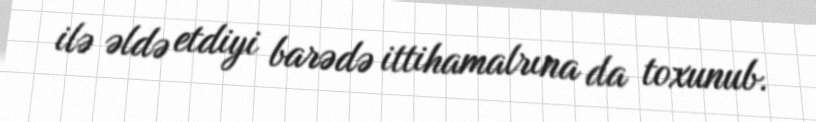
ilə əldə etdiyi barədə ittihamalrına da toxunub.